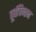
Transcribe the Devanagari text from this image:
पूर्वचिन्तन